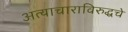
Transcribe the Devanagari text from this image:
अत्याचाराविरुद्धचे